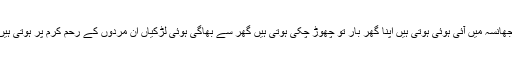
دوسری طرف ان لڑکیوں کی تعداد بہت زیادہ ہے جو گھر سے بھاگ کر شادی کا جھانسہ میں آئی ہوئی ہوتی ہیں اپنا گھر بار تو چھوڑ چکی ہوتی ہیں گھر سے بھاگی ہوئی لڑکیاں ان مردوں کے رحم کرم پر ہوتی ہیں چاہیے تو وہ اپنی عزت بنا لے یا جسم فروشی کے اڈے پر جا کر فروخت کر دیں۔